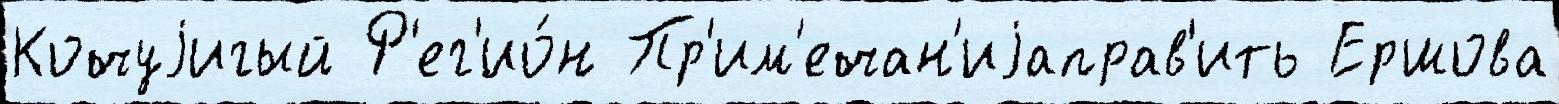
Кочуjигый Р'ег'ио́н Пр'им'ечан'иjаправ'ить Ершова